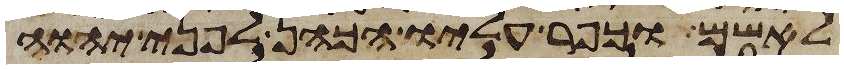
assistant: לאשם וכפר עליו הכהן לפני יהוה